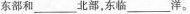
东部和___北部，东临___洋。